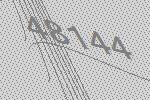
48144